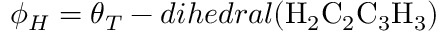
\phi _ { H } = \theta _ { T } - d i h e d r a l ( \mathrm { H } _ { 2 } \mathrm { C } _ { 2 } \mathrm { C } _ { 3 } \mathrm { H } _ { 3 } )